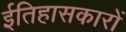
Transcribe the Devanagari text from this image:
ईतिहासकारों